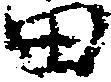
田